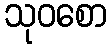
သုဝစော